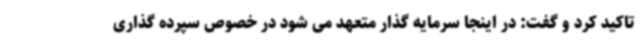
تاکید کرد و گفت: در اینجا سرمایه گذار متعهد می شود در خصوص سپرده گذاری